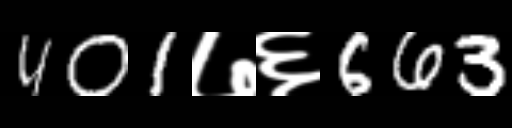
Text: 401७६663